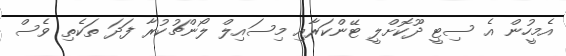
އެމީހުން އެ ސިޓީ ދޫކޮށްލީ ޓޭންކަރާއި މިސައިލް ލޯންޗުކުރާ ފަދަ ތަކެތި ވެސް